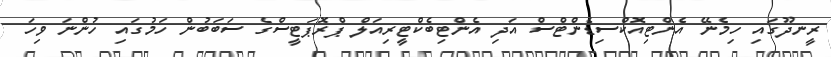
ރީނދޫގައި ހިމެނޭ އެންޓިއޮކްސިޑެންޓްސް އަދި އެންޓިބެކްޓީރިއަލް ޕްރޮޕަޓީސްގެ ސަބަބުން ހަމުގައި ހުންނަ ވިހަ